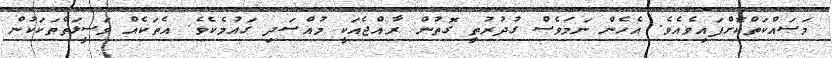
މަސައްކަތްކޮށްފައިވެއެވެ. އެހެން ނަމަވެސް ގުދުރުތީ ގޮތުން ރާއްޖެއަކީ މުއްސަދި ގައުމެކެވެ. އެތަކެއް ވަސީލަތްތަކަކުން